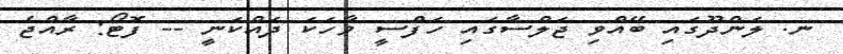
ނ. ލަންދޫގައި ބޭއްވި ޖަލްސާގައި ހަފްސީ ވާހަކަ ދައްކަނީ -- ފޮޓޯ: ރާއްޖެ